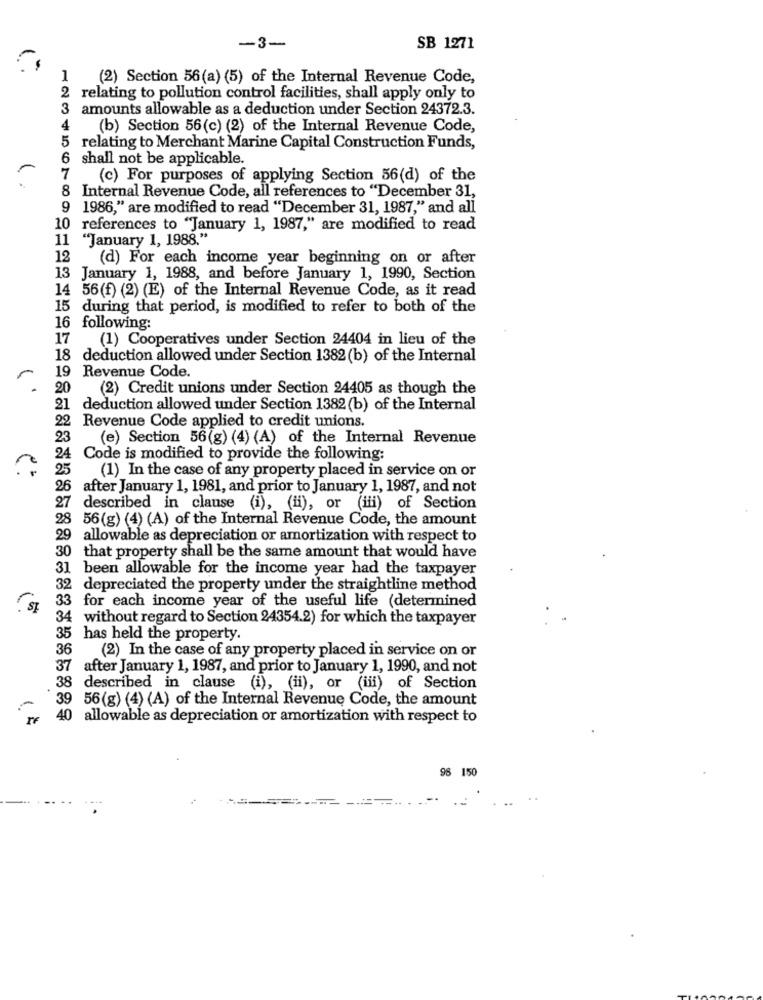
-3-
SB 1271
1
(2) Section 56(a) (5) of the Internal Revenue Code,
2 relating to pollution control facilities, shall apply only to
3
amounts allowable as a deduction under Section 24372.3.
4
(b) Section 56(c) (2) of the Internal Revenue Code,
5
relating to Merchant Marine Capital Construction Funds,
6
shall not be applicable.
7
(c) For purposes of applying Section 56(d) of the
8 Internal Revenue Code, all references to "December 31,
9 1986," are modified to read "December 31, 1987," and all
10 references to "January 1, 1987," are modified to read
11 "January 1, 1988."
12
(d) For each income year beginning on or after
13 January 1, 1988, and before January 1, 1990, Section
14 56(f) (2) (E) of the Internal Revenue Code, as it read
during that period, is modified to refer to both of the
16 following:
17 (1) Cooperatives under Section 24404 in lieu of the
18 deduction allowed under Section 1382 (b) of the Internal
19 Revenue Code.
20
(2) Credit unions under Section 24405 as though the
I deduction allowed under Section 1382 (b) of the Internal
22
Revenue Code applied to credit unions.
23
(e) Section 56(g) (4) (A) of the Internal Revenue
Code is modified to provide the following:
25
(1) In the case of any property placed in service on or
26 after January 1, 1981, and prior to January 1, 1987, and not
27
described in clause (i), (ii), or (iii) of Section
28
56(g) (4) (A) of the Internal Revenue Code, the amount
29 allowable as depreciation or amortization with respect to
30 that property shall be the same amount that would have
31 been allowable for the income year had the taxpayer
32 depreciated the property under the straightline method
33 for each income year of the useful life (determined
34 without regard to Section 24354.2) for which the taxpayer
35 has held the property.
36
(2) In the case of any property placed in service on or
37 after January 1, 1987, and prior to January 1, 1990, and not
38 described in clause (i), (ii), or (ii) of Section
39 56(g) (4) (A) of the Internal Revenue Code, the amount
40 allowable as depreciation or amortization with respect to
98 150